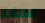
الانتشار